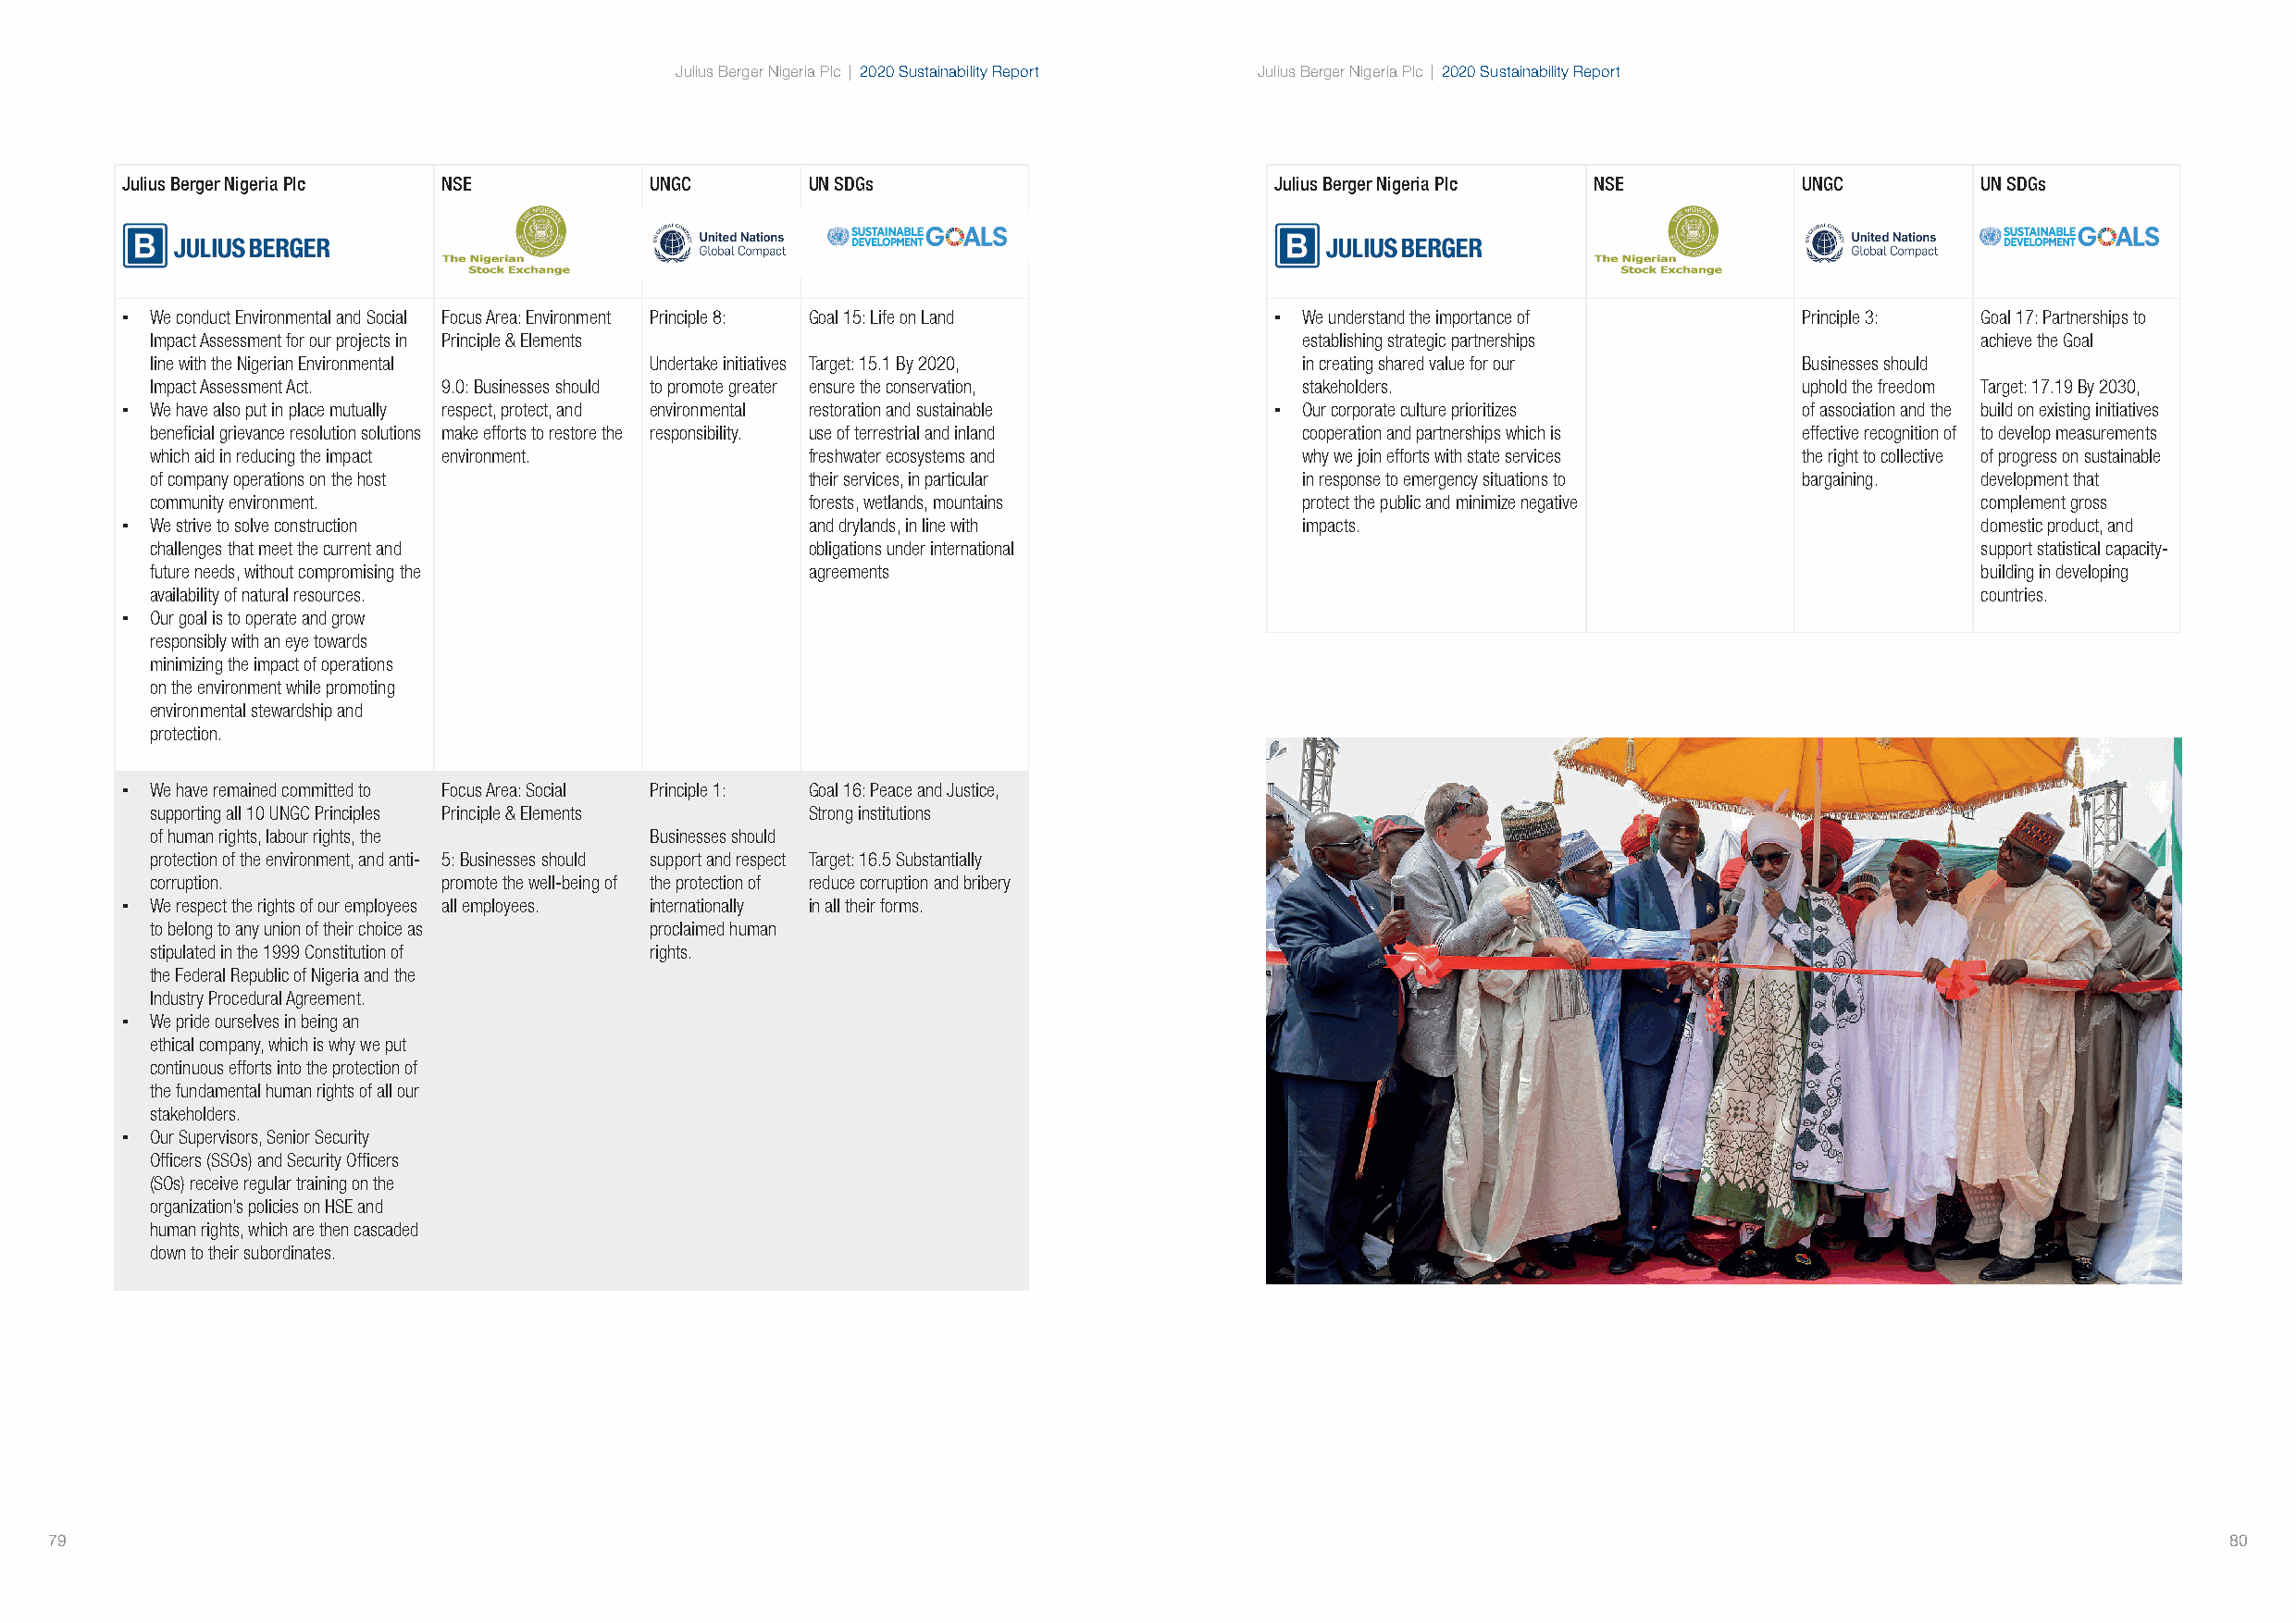
Julius Berger Nigeria Plc | 2020 Sustainability Report Julius Berger Nigeria Plc | 2020 Sustainability Report
 Julius Berger Nigeria Plc NSE        UNGC        UN SDGs                          Julius Berger Nigeria Plc NSE         UNGC         UN SDGs
 ▪ We conduct Environmental and Social Focus Area: Environment Principle 8: Goal 15: Life on Land ▪ We understand the importance of Principle 3: Goal 17: Partnerships to
 Impact Assessment for our projects in Principle & Elements                        establishing strategic partnerships              achieve the Goal
 line with the Nigerian Environmental Undertake initiatives Target: 15.1 By 2020,  in creating shared value for our    Businesses should
 Impact Assessment Act. 9.0: Businesses should to promote greater ensure the conservation, stakeholders.               uphold the freedom Target: 17.19 By 2030,
 ▪ We have also put in place mutually respect, protect, and environmental restoration and sustainable ▪ Our corporate culture prioritizes of association and the build on existing initiatives
 beneficial grievance resolution solutions make efforts to restore the responsibility. use of terrestrial and inland cooperation and partnerships which is effective recognition of to develop measurements
 which aid in reducing the impact environment.  freshwater ecosystems and          why we join efforts with state services the right to collective of progress on sustainable
 of company operations on the host              their services, in particular      in response to emergency situations to bargaining. development that
 community environment.                         forests, wetlands, mountains       protect the public and minimize negative         complement gross
 ▪ We strive to solve construction                and drylands, in line with         impacts.                                         domestic product, and
 challenges that meet the current and           obligations under international                                                     support statistical capacity-
 future needs, without compromising the         agreements                                                                          building in developing
 availability of natural resources.                                                                                                 countries.
 ▪ Our goal is to operate and grow
 responsibly with an eye towards
 minimizing the impact of operations
 on the environment while promoting
 environmental stewardship and
 protection.
 ▪ We have remained committed to Focus Area: Social Principle 1: Goal 16: Peace and Justice,
 supporting all 10 UNGC Principles Principle & Elements Strong institutions
 of human rights, labour rights, the Businesses should
 protection of the environment, and anti- 5: Businesses should support and respect Target: 16.5 Substantially
 corruption.          promote the well-being of the protection of reduce corruption and bribery
 ▪ We respect the rights of our employees all employees. internationally in all their forms.
 to belong to any union of their choice as proclaimed human
 stipulated in the 1999 Constitution of rights.
 the Federal Republic of Nigeria and the
 Industry Procedural Agreement.
 ▪ We pride ourselves in being an
 ethical company, which is why we put
 continuous efforts into the protection of
 the fundamental human rights of all our
 stakeholders.
 ▪ Our Supervisors, Senior Security
 Officers (SSOs) and Security Officers
 (SOs) receive regular training on the
 organization’s policies on HSE and
 human rights, which are then cascaded
 down to their subordinates.
 79                                                                                                                                                          80